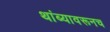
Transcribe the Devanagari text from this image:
थांब्यावरूनच